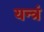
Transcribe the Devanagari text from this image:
यन्त्रं